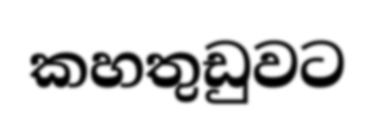
කහතුඩුවට